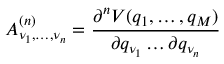
A _ { \nu _ { 1 } , \dots , \nu _ { n } } ^ { ( n ) } = \frac { \partial ^ { n } V ( q _ { 1 } , \dots , q _ { M } ) } { \partial q _ { \nu _ { 1 } } \dots \partial q _ { \nu _ { n } } }